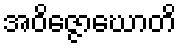
အဝိဇ္ဇောဃောတိ